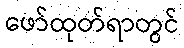
ဖော်ထုတ်ရာတွင်